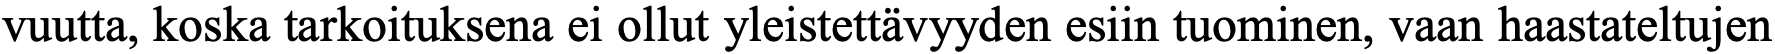
vuutta, koska tarkoituksena ei ollut yleistettävyyden esiin tuominen, vaan haastateltujen